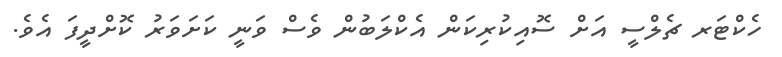
ހެކްޓަރ ޗެލްސީ އަށް ސޮއިކުރިކަން އެކްލަބުން ވެސް ވަނީ ކަށަވަރު ކޮށްދީފަ އެވެ.